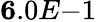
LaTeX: {\mathbf 6.0E{-1}}